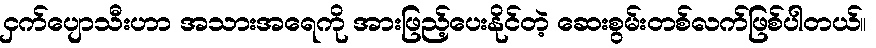
ငှက်ပျောသီးဟာ အသားအရေကို အားဖြည့်ပေးနိုင်တဲ့ ဆေးစွမ်းတစ်လက်ဖြစ်ပါတယ်။